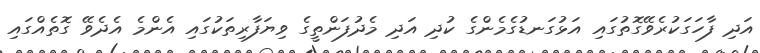
އަދި ފާހަގަކުރެވޭގޮތުގައި އަޅުގަނޑުގެމެންގެ ކުދި އަދި މެދުފަންތީގެ ވިޔަފާރިތަކުގައި އެންމެ އެދެވޭ ގޮތެއްގައި